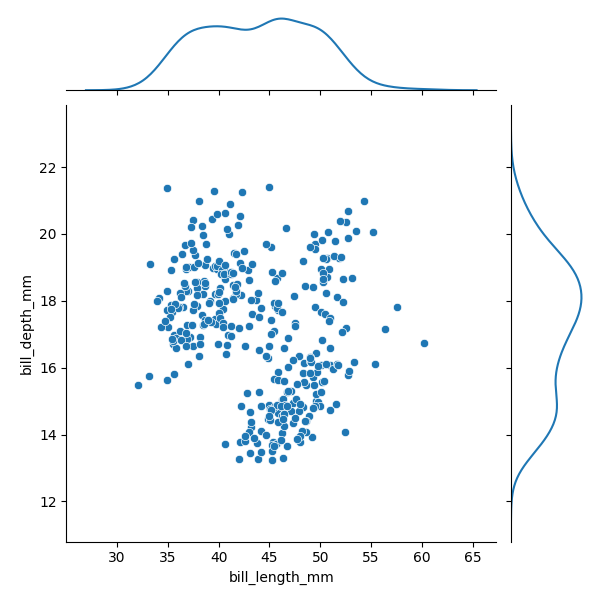
python, seaborn, JointGrid, scatterplot, kdeplot